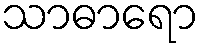
သာဓာရော